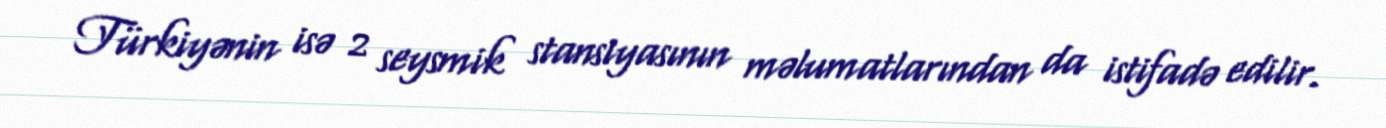
Türkiyənin isə 2 seysmik stansiyasının məlumatlarından da istifadə edilir.